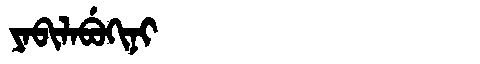
Manchu: ᠶᠠᠪᡳᠯᠠᠪᡠᡴᡳᠨᡳ
Romanization: YABILABUKINI